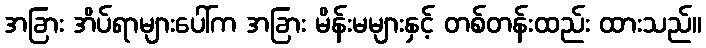
အခြား အိပ်ရာများပေါ်က အခြား မိန်းမများနှင့် တစ်တန်းထည်း ထားသည်။